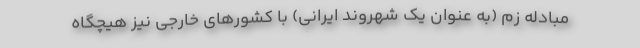
مبادله زم (به عنوان یک شهروند ایرانی) با کشورهای خارجی نیز هیچگاه